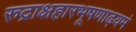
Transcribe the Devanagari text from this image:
रुद्राक्षहारभूषणाढ़यमं